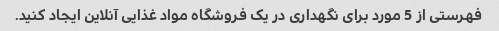
فهرستی از 5 مورد برای نگهداری در یک فروشگاه مواد غذایی آنلاین ایجاد کنید.